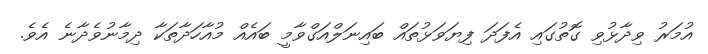
އުމަރު ވިދާޅުވި ގޮތުގައި އެފަދަ ފިޔަވަޅުތައް ބައިނަލްއަގްވާމީ ބައެއް މުއާހަދާތަކާ ދިމާނުވެދާނެ އެވެ.